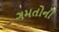
ગમતોની